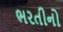
ભરતીનો